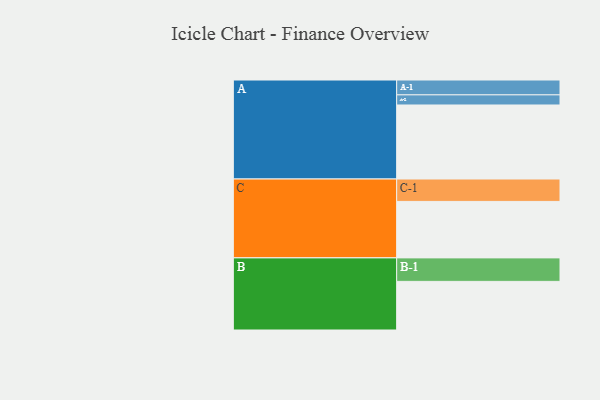
{"axis": {"x": "Segment", "y": "Value"}, "legend": ["", "A", "B", "C"], "data": [{"x": "A", "y": 548, "type": ""}, {"x": "B", "y": 360, "type": ""}, {"x": "C", "y": 418, "type": ""}, {"x": "A-1", "y": 110, "type": "A"}, {"x": "A-2", "y": 75, "type": "A"}, {"x": "B-1", "y": 174, "type": "B"}, {"x": "C-1", "y": 166, "type": "C"}]}